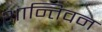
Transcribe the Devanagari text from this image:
शान्तिवन